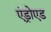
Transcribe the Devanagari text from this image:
एंड्रोएड